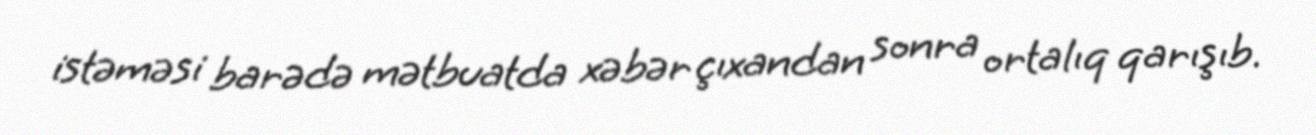
istəməsi barədə mətbuatda xəbər çıxandan sonra ortalıq qarışıb.